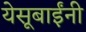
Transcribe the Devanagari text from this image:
येसूबाईंनी